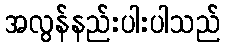
အလွန်နည်းပါးပါသည်